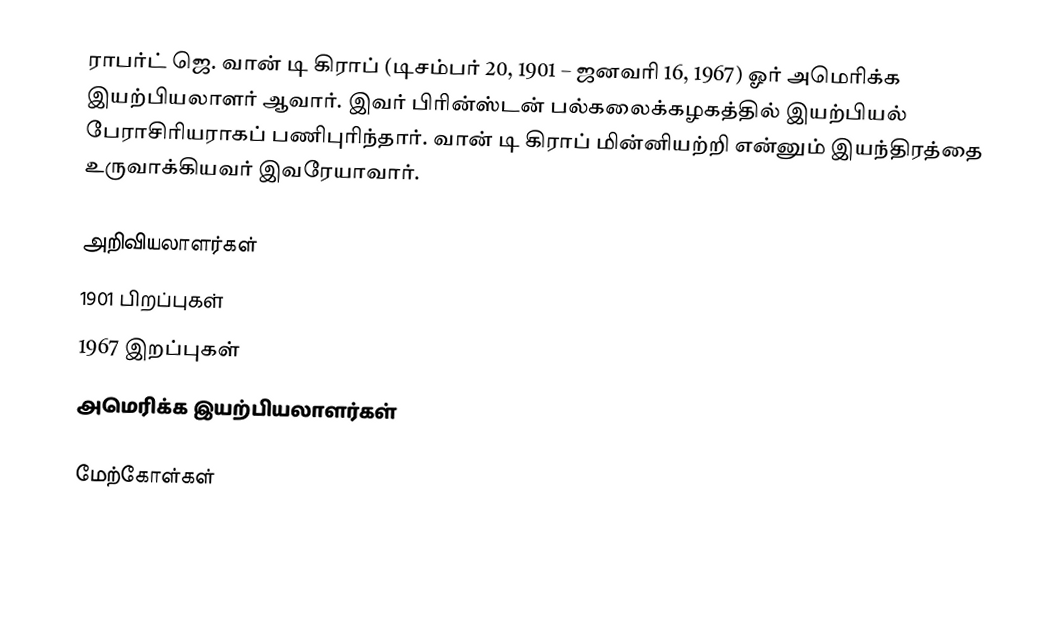
ராபர்ட் ஜெ. வான் டி கிராப் (டிசம்பர் 20, 1901 – ஜனவரி 16, 1967) ஓர் அமெரிக்க இயற்பியலாளர் ஆவார். இவர் பிரின்ஸ்டன் பல்கலைக்கழகத்தில் இயற்பியல் பேராசிரியராகப் பணிபுரிந்தார். வான் டி கிராப் மின்னியற்றி என்னும் இயந்திரத்தை உருவாக்கியவர் இவரேயாவார்.

அறிவியலாளர்கள்
1901 பிறப்புகள்
1967 இறப்புகள்
அமெரிக்க இயற்பியலாளர்கள்

மேற்கோள்கள்